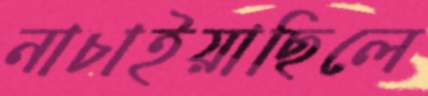
নাচাইয়াছিলে